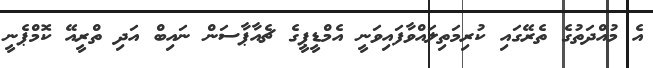
އެ މުއްދަތުގެ ތެރޭގައި ކުރިމަތިލައްވާފައިވަނީ އެމްޑީޕީގެ ޗެއާޕާސަން ނައިބް އަދި ތްރީއޭ ކޮމްޕެނީ